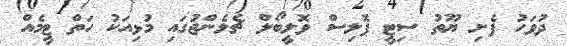
ދުވަހު ފެށި ޔޫތު ސިޓީ ޕޮލިސް ވޮލީބޯލް ޗެލެންޖުގައި މުޅިއަކު ހަތް ޓީމެއް